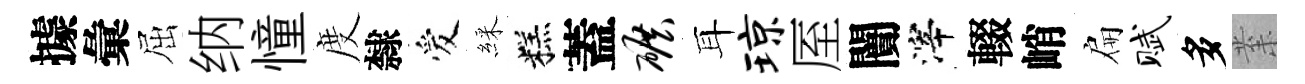
據彙屈纳憧度隸爱綵糕蓋碾耳琼厔闠滓輟峭扁赋多𭪙